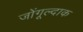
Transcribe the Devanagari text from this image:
जोंगूल्दाक